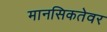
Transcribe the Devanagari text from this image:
मानसिकतेवर